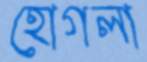
হোগলা